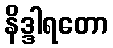
နိဒ္ဒါရတော